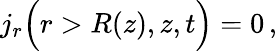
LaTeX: \begin{array}{r}{j_{r}\Big(r>R(z),z,t\Big)=0\, ,}\end{array}